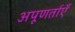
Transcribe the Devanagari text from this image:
अपूणर्ताएँ